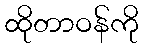
ထိုတာဝန်ကို